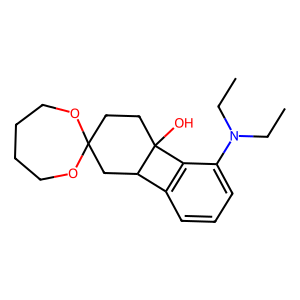
SMILES: CCN(CC)c1cccc2c1C1(O)CCC3(CC21)OCCCCO3
Inhibits HIV replication: No